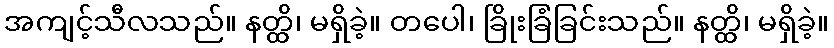
အကျင့်သီလသည်။ နတ္ထိ၊ မရှိခဲ့။ တပေါ၊ ခြိုးခြံခြင်းသည်။ နတ္ထိ၊ မရှိခဲ့။